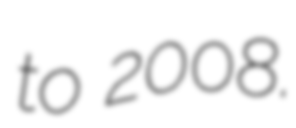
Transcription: to 2008.